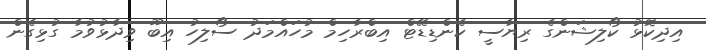
އިދިކޮޅު ކޯލިޝަންގެ ރިޔާސީ ކެންޑިޑޭޓް އިބްރާހިމް މުހައްމަދު ސޯލިހު އިބޫ ވިދާޅުވުމާ ގުޅިގެން